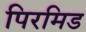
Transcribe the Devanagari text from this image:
पिरमिड